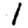
Digit: 1